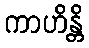
ကာဟိန္တိ